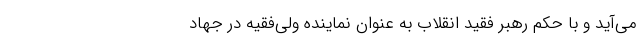
می‌آید و با حکم رهبر فقید انقلاب به عنوان نماینده ولی‌فقیه در جهاد